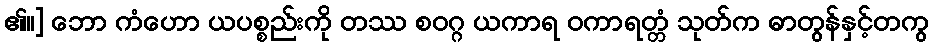
၏။] ဘော ကံဟော ယပစ္စည်းကို တဿ စဝဂ္ဂ ယကာရ ဝကာရတ္တံ သုတ်က ဓာတွန်နှင့်တကွ